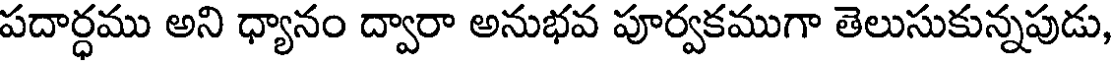
పదార్ధము అని ధ్యానం ద్వారా అనుభవ పూర్వకముగా తెలుసుకున్నపుడు,